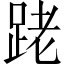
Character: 𨀼